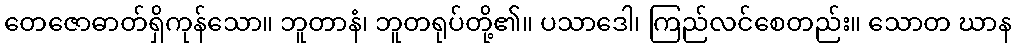
တေဇောဓာတ်ရှိကုန်သော။ ဘူတာနံ၊ ဘူတရုပ်တို့၏။ ပသာဒေါ၊ ကြည်လင်စေတည်း။ သောတ ဃာန